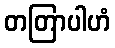
တတြာပါဟံ